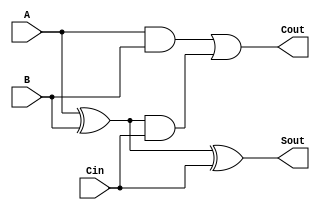
module myFullAdder(A, B, Cin, Cout, Sout);
    input A, B, Cin;
    output Sout, Cout;
    wire f, g, h;
 
    and(f, A, B);
    or(Cout, f, g);
    xor(h, A, B);
    and(g, h, Cin);
    xor(Sout, h, Cin);

endmodule